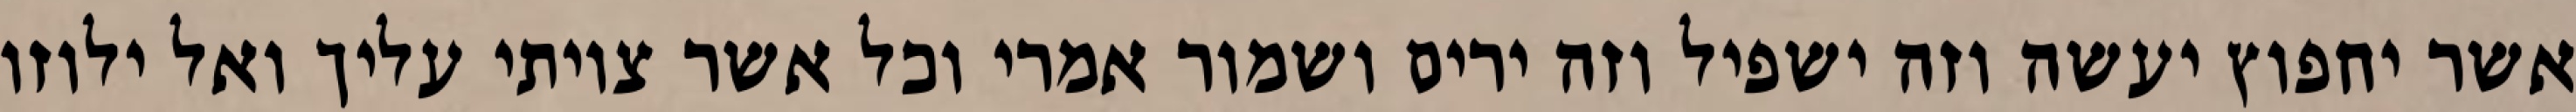
אשר יחפוץ יעשה וזה ישפיל וזה ירים ושמור אמרי וכל אשר צויתי עליך ואל ילוזו